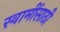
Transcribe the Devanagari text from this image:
स्वामींसाठी